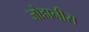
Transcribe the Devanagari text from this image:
जोहानीस